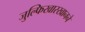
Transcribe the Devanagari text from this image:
जुल्फिखारखानने